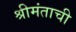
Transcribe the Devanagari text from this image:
श्रीमंताची